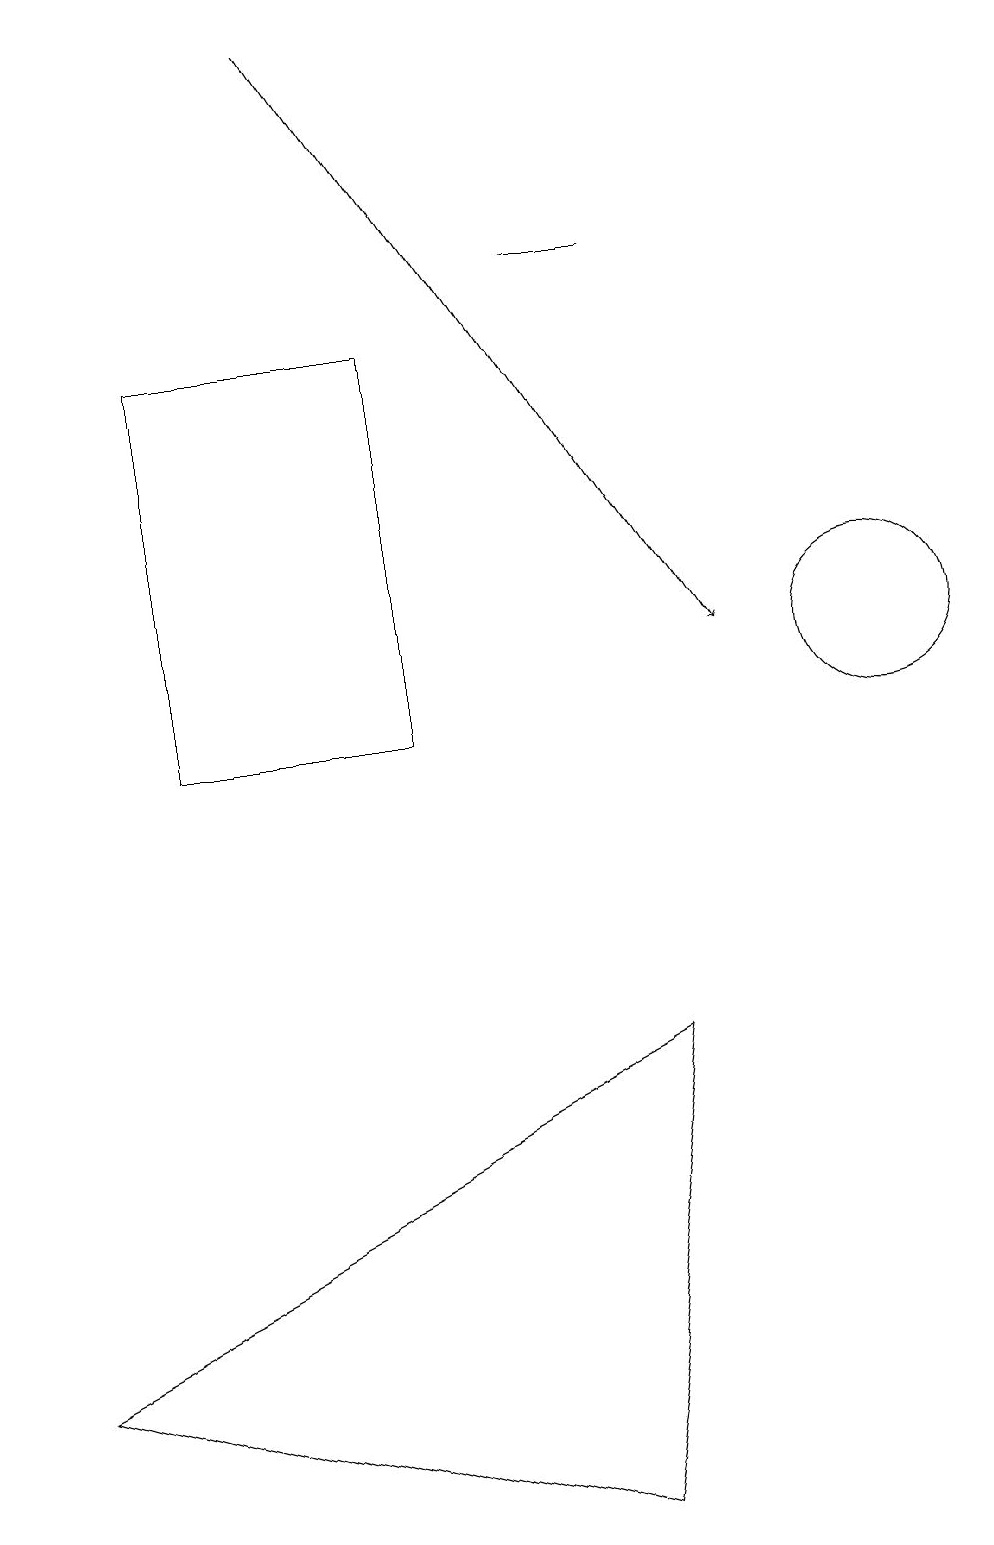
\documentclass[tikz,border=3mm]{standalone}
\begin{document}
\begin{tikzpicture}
\draw (7,16) rectangle (8,16);
\draw (7,0) -- (8,6) -- (0,2) -- cycle;
\draw (2,15) rectangle (5,10);
\draw[->] (4,19) -- (9,11);
\draw (11,11) circle (1);
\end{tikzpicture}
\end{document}